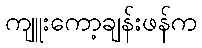
ကျူးကော့ချန်းဖန်က